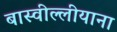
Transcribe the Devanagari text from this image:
बास्वील्लीयाना